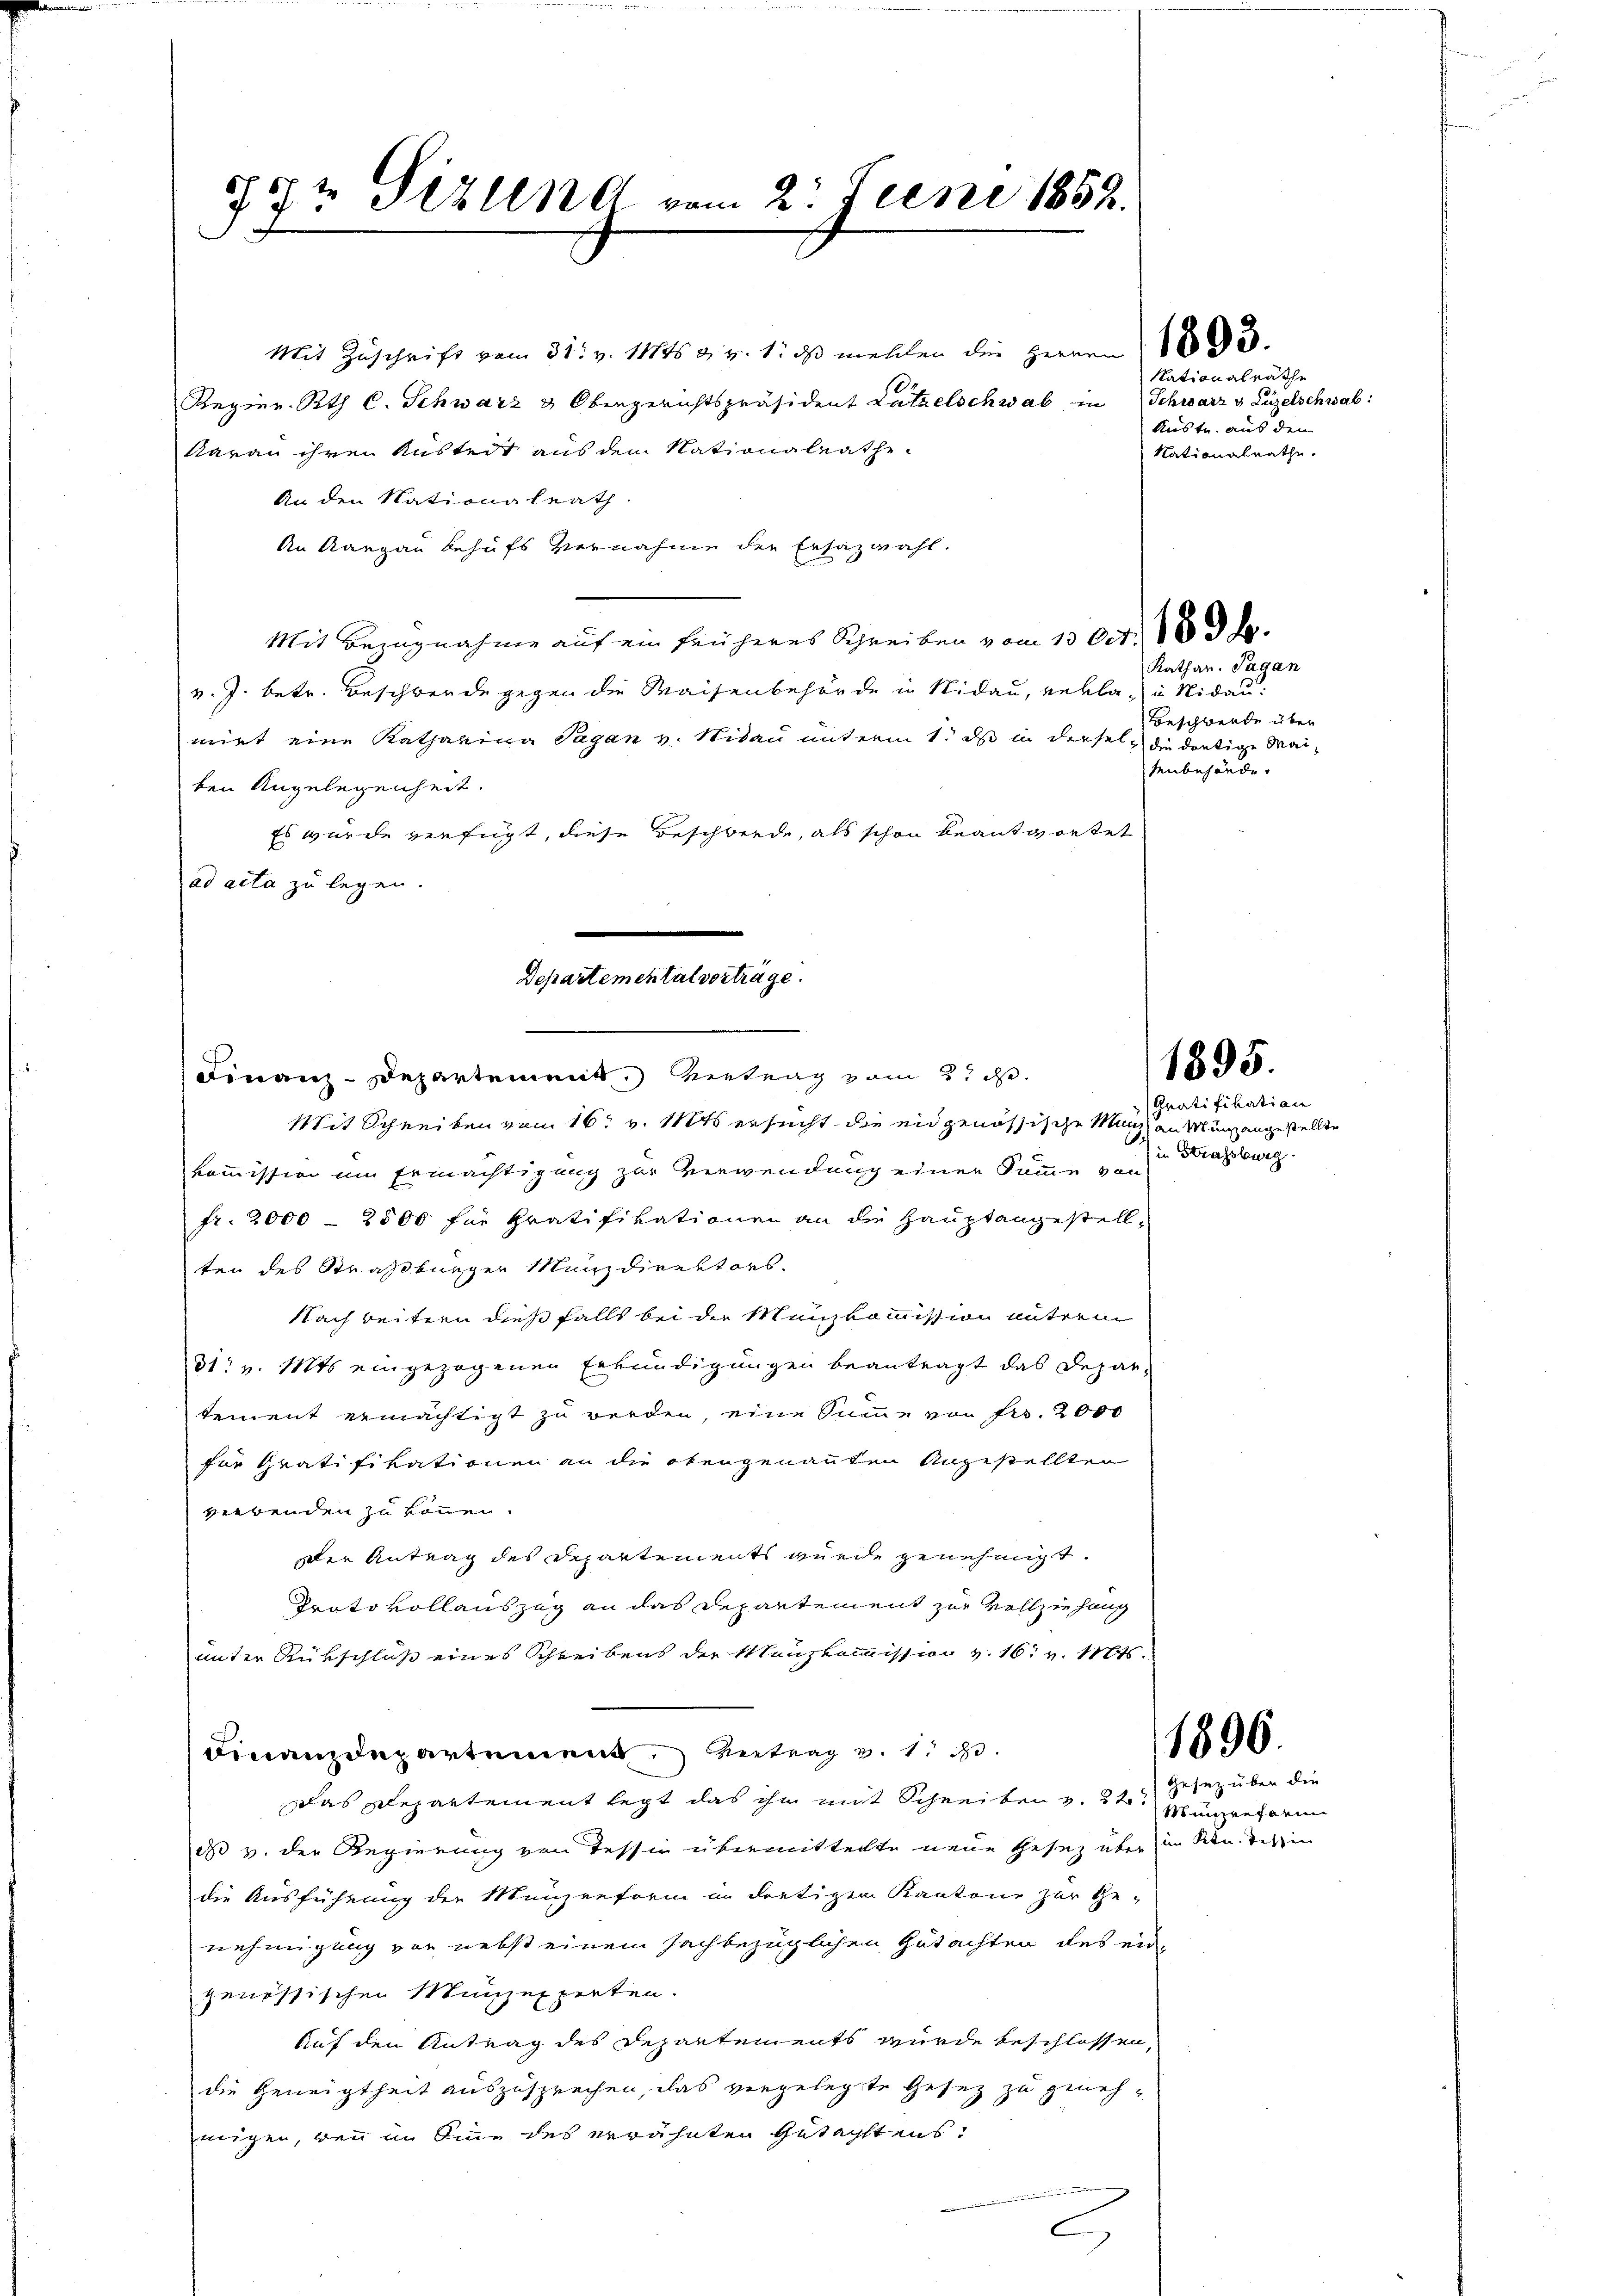
5½ Pizlend vom 2. Juni 1852.

Departemental vorträge.
Finanz-Departement. Vertrag vom 2. d.

Mit Zuschrift vom 31. v. 1145 u. v. 1. ds mehlen die Herren (1893.
Regier. Rth C. Schwarz & Obergerichtspräsident Lützelschwab, in Schwarz v. Luzelschwab:
daran ihren Kustedt aus dem Nationalrathe
An den Nationalrath.
An Aargau behufs Vernahme der Ersazwahl.
Mit Bezugnahme auf ein früheres Schreiben vom 13. Oct. 183 f.
v. J. betr. Beschwerde gegen die Waisenbehörde in Nidau, rekla u Nidaumirt eine Katharina Pagan v. Nidau unterm 1. ds in dersels die dortige Waiben Angelegenheit.
Es wurde verfügt, diese Beschwerde, als schon beantwortet
ad acta zu legen.
Mit Schreiben vom 16t v. Mts ersucht die eidgenössische Manch an Münz angestellte
kommission um Ermächtigung zur Verwendung einer Somme von
fr. 2000 - 2500 für Gratifikationen an die Hauptangestellten des Straßburger Münzdirektors,
Nach beitern dies falls bei der Manzkommission unterm
31. v. Mts. eingezogenen Erkundigungen beantragt das Departement ermächtigt zu werden, eine Summe von Fr. 2000
für Gratifikationen an die obengenannten Angestellten
verbenden zu können.
der Antrag des Departements wurde genehmigt.
Protokollauszug an das Departement zur Vollziehung
unter Rückschluß eines Schreibens der Manzkommission v. 16. v. Mts.
Finanzdepartement. Vertrag v. 1. d.
das Departement legt das ihn mit Schreiben v. 22.
dass v. der Regierung von Tessin übermitteilte neue Gesez über in Stundessen
die Ausführung der Münzreform in dortigen Kantone zur Ge-
nehmigung von nebst einem sachbezüglichen Gutachten des ein
genössischen Münzexperten.
Auf den Antrag des Departements wurde beschlossen,
die Geneigtheit auszusprechen, das vorgelegte Gesez zu genehmigen, wenn im Sinne des erwähnten Gutachtens:
C

Nationalrathe
Kuste. aus den
Nationalrathe.

Kathar. Pagan
Beschwende über
tenbehände.

1895.

Gratifikation
in Strassburg.

1896.

Gesez über die
Münzreform